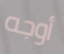
أوجه